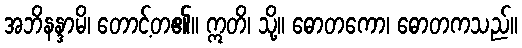
အဘိနန္ဒာမိ၊ တောင့်တ၏။ ဣတိ၊ သို့။ ဓောတကော၊ ဓောတကသည်။